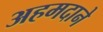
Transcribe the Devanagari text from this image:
अहमदाने